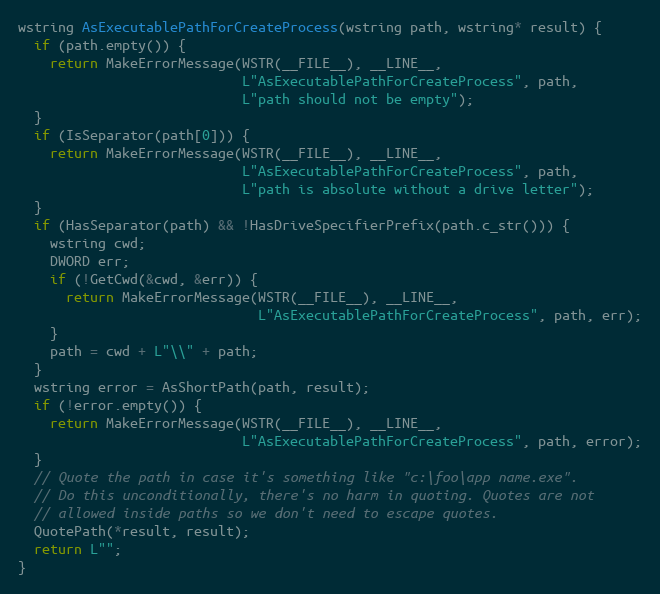
Language: C++
wstring AsExecutablePathForCreateProcess(wstring path, wstring* result) {
  if (path.empty()) {
    return MakeErrorMessage(WSTR(__FILE__), __LINE__,
                            L"AsExecutablePathForCreateProcess", path,
                            L"path should not be empty");
  }
  if (IsSeparator(path[0])) {
    return MakeErrorMessage(WSTR(__FILE__), __LINE__,
                            L"AsExecutablePathForCreateProcess", path,
                            L"path is absolute without a drive letter");
  }
  if (HasSeparator(path) && !HasDriveSpecifierPrefix(path.c_str())) {
    wstring cwd;
    DWORD err;
    if (!GetCwd(&cwd, &err)) {
      return MakeErrorMessage(WSTR(__FILE__), __LINE__,
                              L"AsExecutablePathForCreateProcess", path, err);
    }
    path = cwd + L"\\" + path;
  }
  wstring error = AsShortPath(path, result);
  if (!error.empty()) {
    return MakeErrorMessage(WSTR(__FILE__), __LINE__,
                            L"AsExecutablePathForCreateProcess", path, error);
  }
  // Quote the path in case it's something like "c:\foo\app name.exe".
  // Do this unconditionally, there's no harm in quoting. Quotes are not
  // allowed inside paths so we don't need to escape quotes.
  QuotePath(*result, result);
  return L"";
}